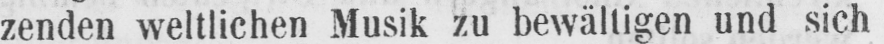
zenden weltlichen Musik zu bewältigen und sich